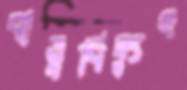
বায়ুবিদ্যুৎ